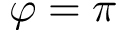
\varphi = \pi